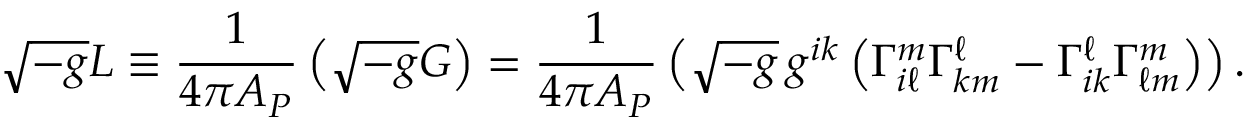
\sqrt { - g } L \equiv { \frac { 1 } { 4 \pi { \cal A } _ { P } } } \left( \sqrt { - g } { \cal G } \right) = { \frac { 1 } { 4 \pi { \cal A } _ { P } } } \left( \sqrt { - g } \, g ^ { i k } \left( \Gamma _ { i \ell } ^ { m } \Gamma _ { k m } ^ { \ell } - \Gamma _ { i k } ^ { \ell } \Gamma _ { \ell m } ^ { m } \right) \right) .